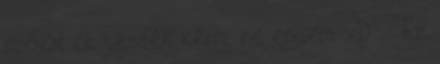
szóval őt tessék kérni, ne engem. xD Ez